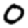
Digit: 0